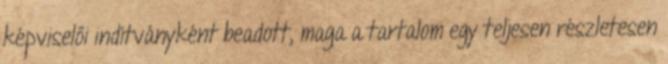
képviselői indítványként beadott, maga a tartalom egy teljesen részletesen